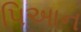
પિઆન